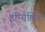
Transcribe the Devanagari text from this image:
इन्गिलिश